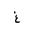
Letter: _gayn